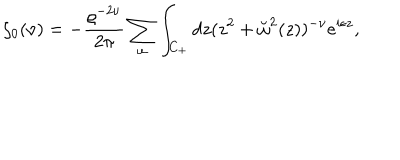
\zeta _ { 0 } ( \nu ) = - { \frac { \varrho ^ { - 2 \nu } } { 2 \pi } } \sum _ { \omega } \int _ { C _ { + } } d z ( z ^ { 2 } + \breve { \omega } ^ { 2 } ( z ) ) ^ { - \nu } e ^ { i \epsilon z } ,